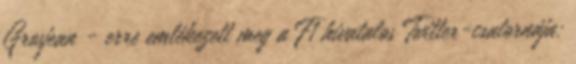
Grosjean - erre emlékezett meg a F1 hivatalos Twitter-csatornája: